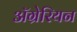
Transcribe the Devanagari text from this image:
ॲग्रेरियन